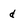
Character: d